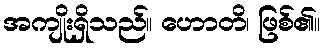
အကျိုးရှိသည်။ ဟောတိ၊ ဖြစ်၏။